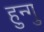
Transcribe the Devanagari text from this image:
हुन्गु